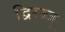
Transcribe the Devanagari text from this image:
द्विरज्जु